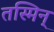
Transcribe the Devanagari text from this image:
तस्मिन्‌